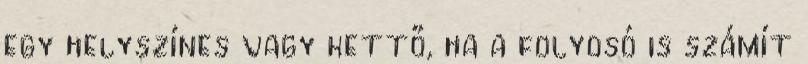
egy helyszínes vagy kettő, ha a folyosó is számít